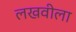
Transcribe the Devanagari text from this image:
लखवीला